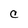
Character: C